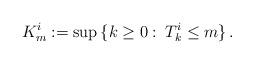
LaTeX: \begin{align*}K^i_m := \sup \, \{k \geq 0 :\: T^i_k \leq m \} \,.\end{align*}